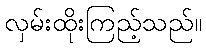
လှမ်းထိုးကြည့်သည်။